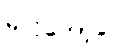
မလိုတော့ပေ။